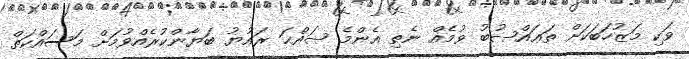
ވަކި މަޒުހަބަކަށް ތަޢައްޞުބު ވުމެއް ނެތި އެންމެ ޞައްޙަ ރައުޔު ބަޔާންކުރެއްވުމަށް މަސައްކަތް